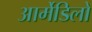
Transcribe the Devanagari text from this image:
आर्मेडिलो